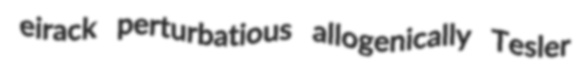
eirack perturbatious allogenically Tesler